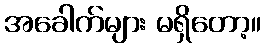
အခေါက်များ မရှိတော့။